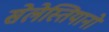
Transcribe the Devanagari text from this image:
सेलेस्तियानो